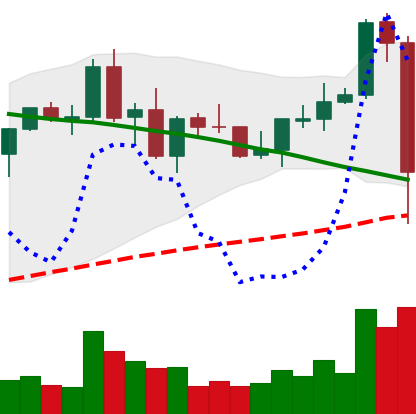
Ticker: NEO-USD
Chart end date: 2021-09-07
Forward return: 3.76%
Label: up_3_5